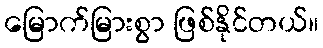
မြောက်မြားစွာ ဖြစ်နိုင်တယ်။